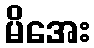
မိအေး